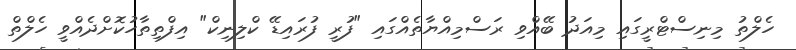
ހެލްތު މިނިސްޓްރީގައި މިއަދު ބޭއްވި ރަސްމިއްޔާތެއްގައި "ފުރީ ފުރައިޑޭ ކްލިނިކް" އިފްތިތާހުކޮށްދެއްވީ ހެލްތް